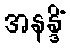
အနန္ဒိံ